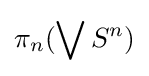
\pi _{n}(\bigvee S^{n})